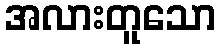
အလားတူသော